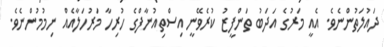
ދައުލަތުންނެވެ. އެއީ މަރުގެ އަދަބު ތަންފީޒު ކުރެވޭނީ އިސްތިއުނާފްގެ ހުރިހާ މަރުހަލާއެއް ނިމުމުންނެވެ.